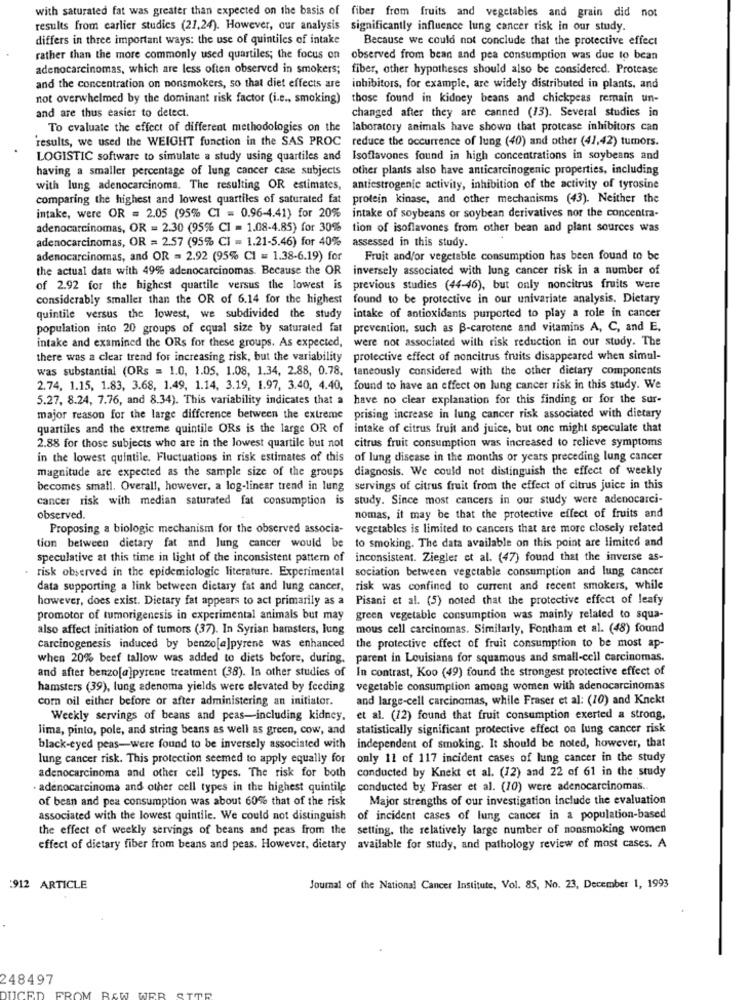
with saturated fat was greater than expected on the basis of fiber from fruits and vegetables and grain did not
results from earlier studies (21,24). However, our analysis significantly influence lung cancer risk in our study.
differs in three important ways: the use of quintiles of intake
Because we could not conclude that the protective effect
rather than the more commonly used quartiles; the focus on
observed from bean and pea consumption was due to bean
adenocarcinomas, which are less often observed in smokers;
fiber, other hypotheses should also be considered. Protease
and the concentration on nonsmokers, so that diet effects are
inhibitors, for example, are widely distributed in plants, and
not overwhelmed by the dominant risk factor (i.e ., smoking)
those found in kidney beans and chickpeas remain un-
changed after they are canned (13). Several studies in
and are thus easier to detect.
To evaluate the effect of different methodologies on the
laboratory animals have shown that protease inhibitors can
'results, we used the WEIGHT function in the SAS PROC
reduce the occurrence of lung (40) and other (41,42) tumors.
LOGISTIC software to simulate a study using quartiles and
Isoflavones found in high concentrations in soybeans and
having a smaller percentage of lung cancer case subjects
other plants also have anticarcinogenic properties, including
with lung adenocarcinoma. The resulting OR estimates, antiestrogenic activity, inhibition of the activity of tyrosine
comparing the highest and lowest quartiles of saturated fat
protein kinase, and other mechanisms (43). Neither the
intake, were OR = 2.05 (95% C1 = 0.96-4.41) for 20%
intake of soybeans or soybean derivatives nor the concentra-
adenocarcinomas, OR = 2.30 (95% CI = 1.08-4.85) for 30%
tion of isoflavones from other bean and plant sources was
adenocarcinomas, OR = 2.57 (95% CI = 1.21-5.46) for 40% assessed in this study.
adenocarcinomas, and OR = 2.92 (95% CI = 1.38-6.19) for
Fruit and/or vegetable consumption has been found to be
the actual data with 49% adenocarcinomas. Because the OR inversely associated with lung cancer risk in a number of
of 2.92 for the highest quartile versus the lowest is
previous studies (44-46), but only noncitrus fruits were
considerably smaller than the OR of 6.14 for the highest
found to be protective in our univariate analysis. Dietary
quintile versus the lowest, we subdivided the study
intake of antioxidants purported to play a role in cancer
population into 20 groups of equal size by saturated fat
prevention, such as B-carotene and vitamins A, C, and E.
intake and examined the ORs for these groups. As expected, were not associated with risk reduction in our study. The
there was a clear trend for increasing risk, but the variability protective effect of noncitrus fruits disappeared when simul-
was substantial (ORs = 1.0, 1.05. 1.08, 1.34, 2.88, 0.78, taneously considered with the other dietary components
2.74, 1.15, 1.83, 3.68, 1.49, 1.14, 3.19, 1.97, 3.40, 4.40, found to have an effect on lung cancer risk in this study. We
5.27, 8.24, 7.76, and 8.34). This variability indicates that a
have no clear explanation for this finding or for the sur-
major reason for the large difference between the extreme
prising increase in lung cancer risk associated with dietary
quartiles and the extreme quintile ORs is the large OR of
intake of citrus fruit and juice, but one might speculate that
2.88 for those subjects who are in the lowest quartile but not citrus fruit consumption was increased to relieve symptoms
in the lowest quintile, Fluctuations in risk estimates of this of lung disease in the months or years preceding lung cancer
magnitude are expected as the sample size of the groups diagnosis. We could not distinguish the effect of weekly
becomes small. Overall, however, a log-linear trend in lung servings of citrus fruit from the effect of citrus juice in this
cancer risk with median saturated fat consumption is study. Since most cancers in our study were adenocarci-
observed.
nomas, it may be that the protective effect of fruits and
Proposing a biologic mechanism for the observed associa-
vegetables is limited to cancers that are more closely related
tion between dietary fat and lung cancer would be to smoking. The data available on this point are limited and
speculative at this time in light of the inconsistent pattern of
inconsistent. Ziegler et al. (47) found that the inverse as-
risk observed in the epidemiologic literature. Experimental
sociation between vegetable consumption and lung cancer
data supporting a link between dietary fat and lung cancer,
risk was confined to current and recent smokers, while
however, does exist. Dietary fat appears to act primarily as a Pisani et al. (5) noted that the protective effect of leafy
promotor of tumorigenesis in experimental animals but may
green vegetable consumption was mainly related to squa-
also affect initiation of tumors (37). In Syrian hamsters, lung
mous cell carcinomas. Similarly, Fontham et al. (48) found
carcinogenesis induced by benzo[a]pyrene was enhanced
the protective effect of fruit consumption to be most ap-
when 20% beef tallow was added to diets before, during.
parent in Louisiana for squamous and small-cell carcinomas.
In contrast, Koo (49) found the strongest protective effect of
and after benzo[a]pyrene treatment (38). In other studies of
hamsters (39), lung adenoma yields were elevated by feeding
vegetable consumption among women with adenocarcinomas
com oil either before or after administering an initiator.
and large-cell carcinomas, while Fraser et al: (10) and Knekt
Weekly servings of beans and peas-including kidney.
et al. (12) found that fruit consumption exerted a strong,
lima, pinto, pole, and string beans as well as green, cow, and
statistically significant protective effect on lung cancer risk
black-eyed peas-were found to be inversely associated with independent of smoking. It should be noted, however, that
lung cancer risk. This protection seemed to apply equally for
only 11 of 117 incident cases of lung cancer in the study
conducted by Knekt et al. (12) and 22 of 61 in the study
adenocarcinoma and other cell types. The risk for both
adenocarcinoma and other cell types in the highest quintile
conducted by Fraser et al. (10) were adenocarcinomas.
of bean and pea consumption was about 60% that of the risk
Major strengths of our investigation include the evaluation
associated with the lowest quintile. We could not distinguish of incident cases of lung cancer in a population-based
the effect of weekly servings of beans and peas from the setting, the relatively large number of nonsmoking women
effect of dietary fiber from beans and peas. However, dietary available for study, and pathology review of most cases. A
:912 ARTICLE
Journal of the National Cancer Institute, Vol. 85, No. 23, December 1, 1993
248497
DUCE